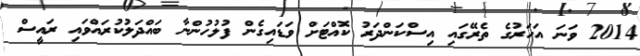
2014 ވަނަ އަހަރުގެ ތެރޭގައި އިސްކަންދަރު ކޮއްޓަށް ވަޑައިގެން ފުލުހުންނާ ބައްދަލުކުރައްވައި ރައީސް